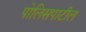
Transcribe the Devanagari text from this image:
पोलिसपाटील